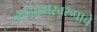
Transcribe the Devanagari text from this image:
ब्रम्हात्मस्वरुपाचे